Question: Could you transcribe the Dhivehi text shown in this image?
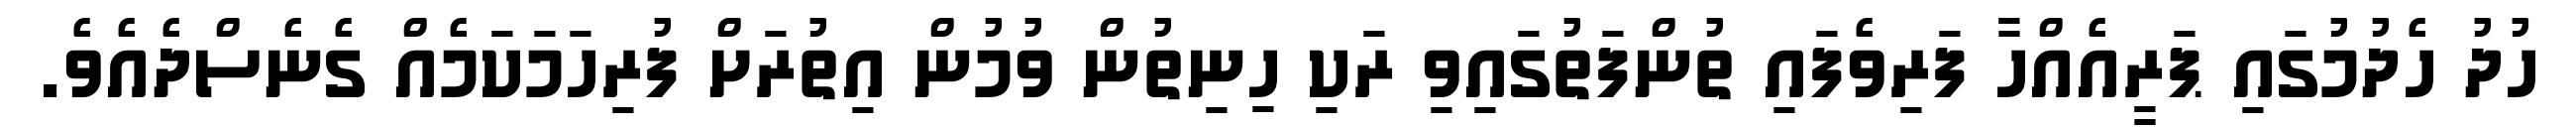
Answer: ހުދު ހެދުމުގައި ޕަރީއެއްހާ ފަރިވެފައި ތުންފަތުގައިވި ރަކި ހިނިތުން ވުމުން އިތުރަށް ފުރިހަމަކަމެއް ގެނެސްދެއެވެ.